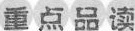
重点品读